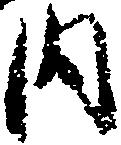
内